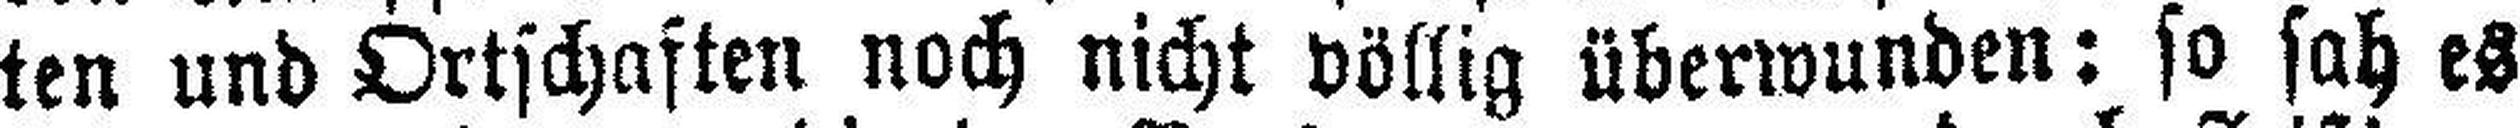
ten und Ortschaften noch nicht völlig überwunden: so sah es